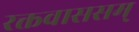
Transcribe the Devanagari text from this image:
रक्तवाससम्